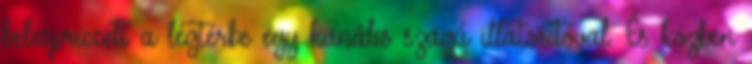
belespriccelt a légtérbe egy kanális szagú illatosítóval. És közben